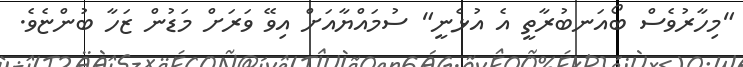
"މިހާރުވެސް ބޯއަނބުރާތީ އެ އުޅެނީ" ސުމައްޔާއަށް އިވޭ ވަރަށް މަޑުން ޒަހާ ބުންޏެވެ.